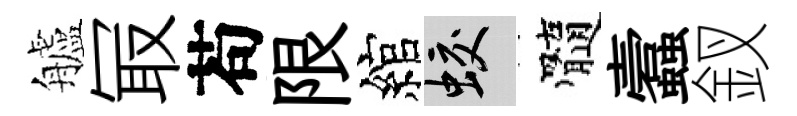
艫冣苟限綰蛟髓蠧釵